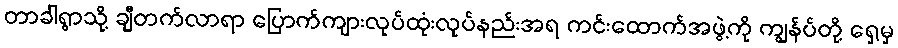
တာခါရွာသို့ ချီတက်လာရာ ပြောက်ကျားလုပ်ထုံးလုပ်နည်းအရ ကင်းထောက်အဖွဲ့ကို ကျွန်ပ်တို့ ရှေ့မှ